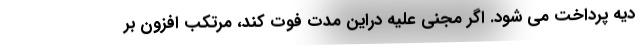
دیه پرداخت می شود. اگر مجنی علیه دراین مدت فوت کند، مرتکب افزون بر